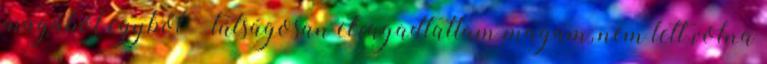
magából egyből – túlságosan elragadtattam magam, nem lett volna